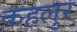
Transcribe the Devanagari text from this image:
कहलुर